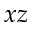
x z